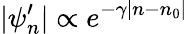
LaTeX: |\psi_{n}^{\prime}|\propto e^{-\gamma|n-n_{0}|}